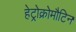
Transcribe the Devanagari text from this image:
हेट्रोक्रोमौटिन